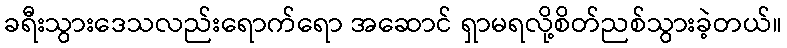
ခရီးသွားဒေသလည်းရောက်ရော အဆောင် ရှာမရလို့စိတ်ညစ်သွားခဲ့တယ်။